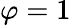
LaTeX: {\varphi}=1